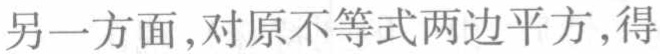
另一方面,对原不等式两边平方,得